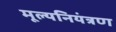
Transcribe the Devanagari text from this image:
मूल्यनियंत्रण